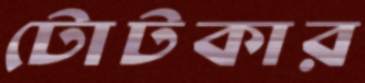
টোটকার